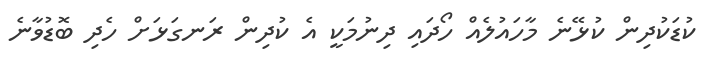
ކުޑަކުދިން ކުޅޭނެ މާހައުލެއް ހޯދައި ދިނުމަކީ އެ ކުދިން ރަނގަޅަށް ހެދި ބޮޑުވާނެ